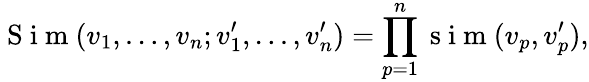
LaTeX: \mathrm{~S~i~m~}(v_{1},\ldots,v_{n};v_{1}^{\prime},\ldots,v_{n}^{\prime})=\prod_{p=1}^{n}\mathrm{~s~i~m~}(v_{p},v_{p}^{\prime}),